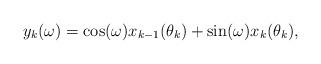
LaTeX: \begin{align*} y_k(\omega) = \cos (\omega) x_{k-1}(\theta_{k}) + \sin (\omega) x_{k}(\theta_k),\end{align*}